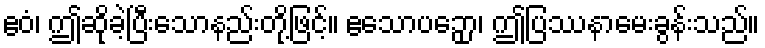
ဧဝံ၊ ဤဆိုခဲ့ပြီးသောနည်းတို့ဖြင့်။ ဧသောပဉှော၊ ဤပြဿနာမေးခွန်းသည်။